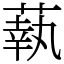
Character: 蓻